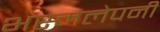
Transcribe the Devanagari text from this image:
भस्मलेपनी